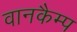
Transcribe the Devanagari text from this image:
वानकैम्प